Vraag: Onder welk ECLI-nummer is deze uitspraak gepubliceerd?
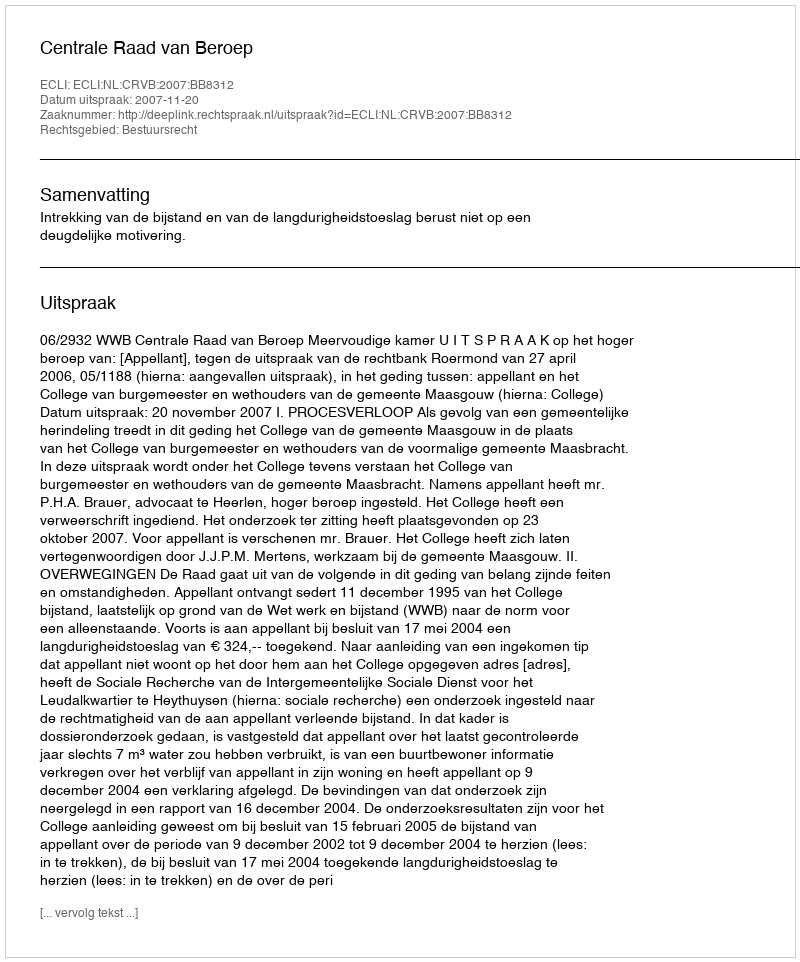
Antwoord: ECLI:NL:CRVB:2007:BB8312